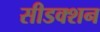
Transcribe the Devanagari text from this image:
सीडक्शन